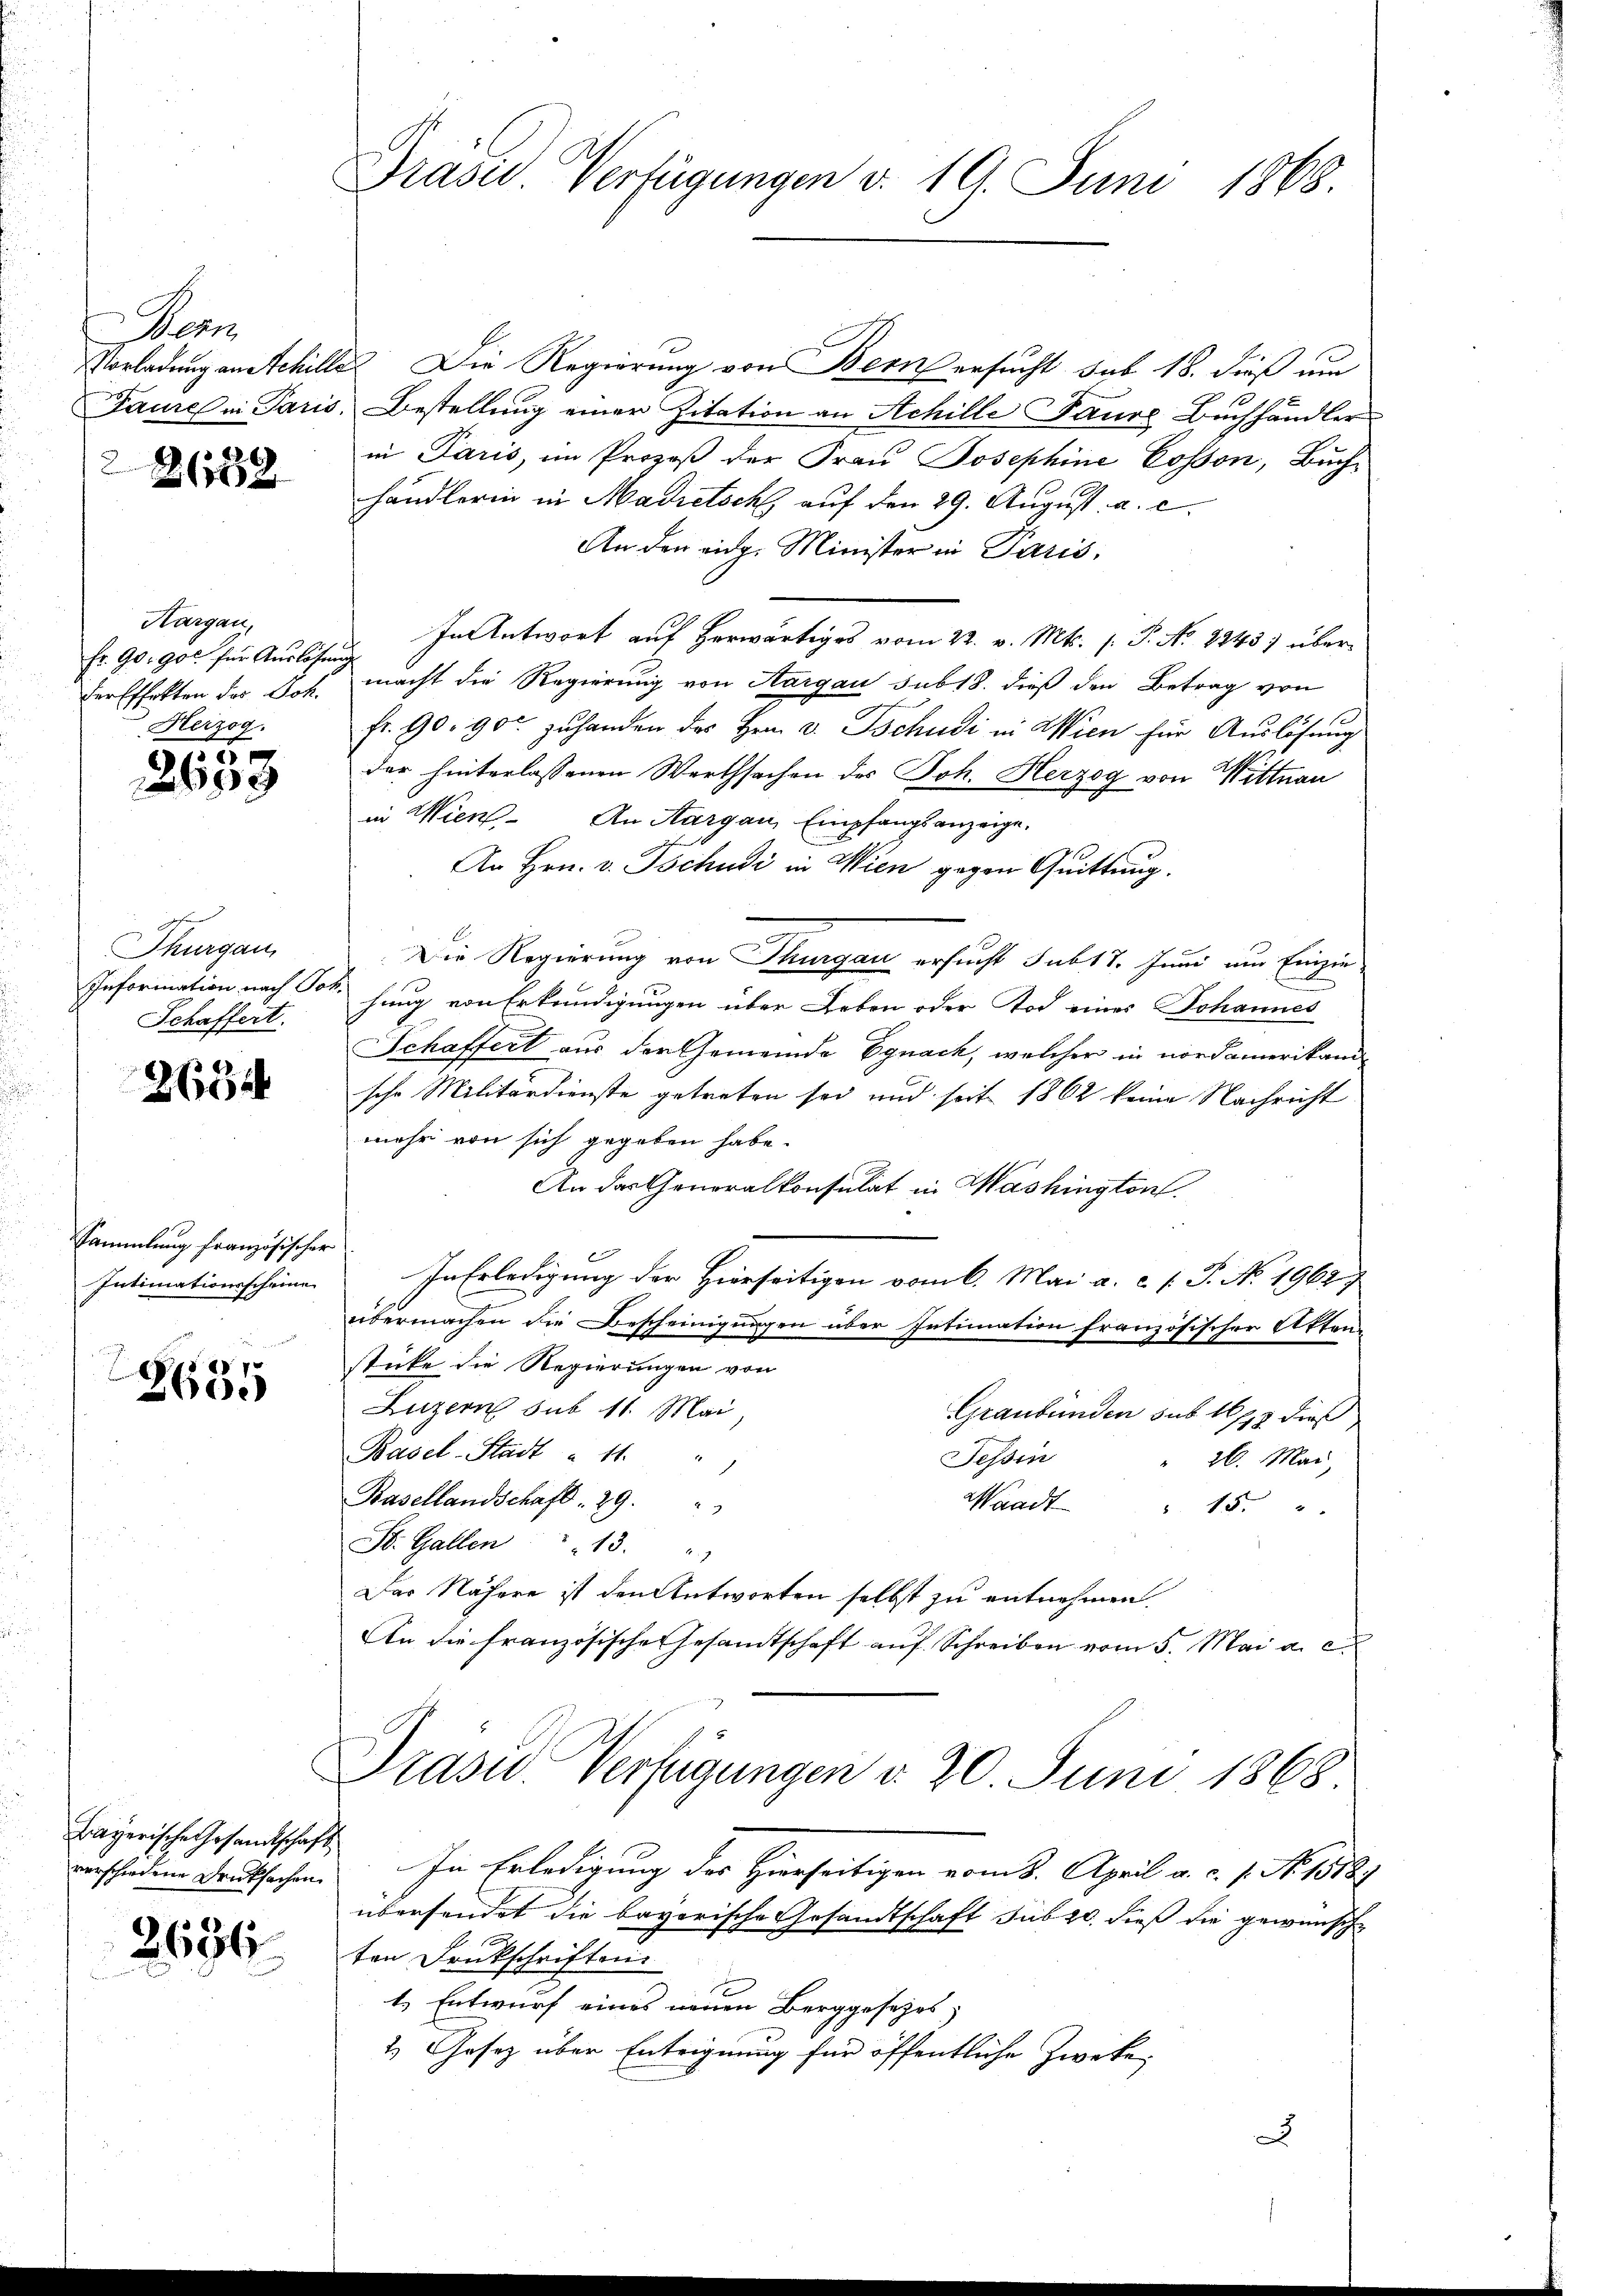
Nenn

261852

Kargau,
Fr. 90. got für Auslösung
Herzog.

2633

Thurgau
Schaffert.

2634

Sammlung französischer
Intimationsscheine

8
.
260.

Bayerische Gesandtschaft

2694

Präsid. Verfügungen v. 19. Juni 1868.

Vorladung an Schilles Die Regierung von Bern ersucht sub 18. dieß um
Faure in Paris. Bestellung einer Zitation an Achille Paure Buchhändler
in Paris, im Prozeß der Frau Josephine Cosson, Buch-
händlerin in Madretschl, auf den 29. August. a. c.
An den eidg. Minister in Paris,
In Antwort auf herwärtiges vom 22. v. Mts. s. P. Nr. 2345) überder Effekten des Joh. macht die Regierung von Aargau sub 18. dieß den Betrag von
fr. 90. 90 zŭ handen des Hrn. v. Tschudi in Wien für Auslösung
der hinterlassenen Werthsachen des Joh. Herzog von Wittnau
in Wien. An Aargau, Empfangsanzeige.
An Hrn. v. Tschudi in Wien gegen Quittung.
Die Regierung von Thurgau ersucht sub 17. Juni um Einzie-
Information nach Tot. hung von Erkundigungen über Leben oder Tod eines Johannes
Schaffert aus der Gemeinde Egnack, welcher in nordamerikani-
sche Militärdienste getreten sei und seit 1862 keine Nachricht
mehr von sich gegeben habe.
An das Generalkonsulat in Mashington.
In Erledigung der Hierseitigen vom 6. Mai a. c. /. P. Nr. 19627
übermachen die Bescheinigungen über Intimation französischer Akten-
sticke die Regierungen von
Luzern sub 11. Mai,
Graubünden sub 16/13 dieß
Basel-Stadt " 11.
Tessin
 26. Mai,
Basellandschaft . 29.
Waadt " 15. "
St. Gallen 13. "
Das Nähere ist den Antworten selbst zu entnehmen.
An die französische Gesamtschaft auf Schreiben vom 5. Mai a. c.
Präsid. Verfügungen d. 20. Juni 1868

verschadene Druksachen. In Erledigung des Hierseitigen vom 8. April a. c. s. No. 15184
übersendet die bayerische Gesandtschaft sub 20. dieß die gewünsch¬
Ao. 18
ten Druckschriften
1.) Entwurf eines neuen Berggesetzes,
2.) Gesetz über Enteignung für öffentliche Zwecke,
D